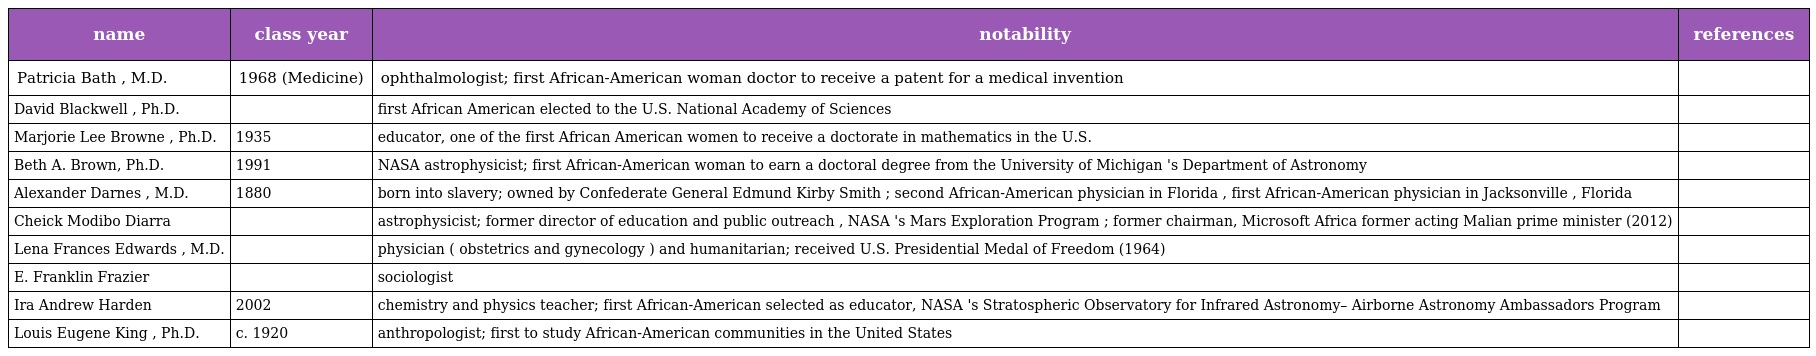
| name | class year | notability | references |
 | --- | --- | --- | --- |
 | Patricia Bath , M.D. | 1968 (Medicine) | ophthalmologist; first African-American woman doctor to receive a patent for a medical invention |  |
 | David Blackwell , Ph.D. |  | first African American elected to the U.S. National Academy of Sciences |  |
 | Marjorie Lee Browne , Ph.D. | 1935 | educator, one of the first African American women to receive a doctorate in mathematics in the U.S. |  |
 | Beth A. Brown, Ph.D. | 1991 | NASA astrophysicist; first African-American woman to earn a doctoral degree from the University of Michigan 's Department of Astronomy |  |
 | Alexander Darnes , M.D. | 1880 | born into slavery; owned by Confederate General Edmund Kirby Smith ; second African-American physician in Florida , first African-American physician in Jacksonville , Florida |  |
 | Cheick Modibo Diarra |  | astrophysicist; former director of education and public outreach , NASA 's Mars Exploration Program ; former chairman, Microsoft Africa former acting Malian prime minister (2012) |  |
 | Lena Frances Edwards , M.D. |  | physician ( obstetrics and gynecology ) and humanitarian; received U.S. Presidential Medal of Freedom (1964) |  |
 | E. Franklin Frazier |  | sociologist |  |
 | Ira Andrew Harden | 2002 | chemistry and physics teacher; first African-American selected as educator, NASA 's Stratospheric Observatory for Infrared Astronomy– Airborne Astronomy Ambassadors Program |  |
 | Louis Eugene King , Ph.D. | c. 1920 | anthropologist; first to study African-American communities in the United States |  |